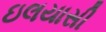
ઇલયાસી